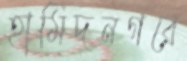
হামিদনগরে